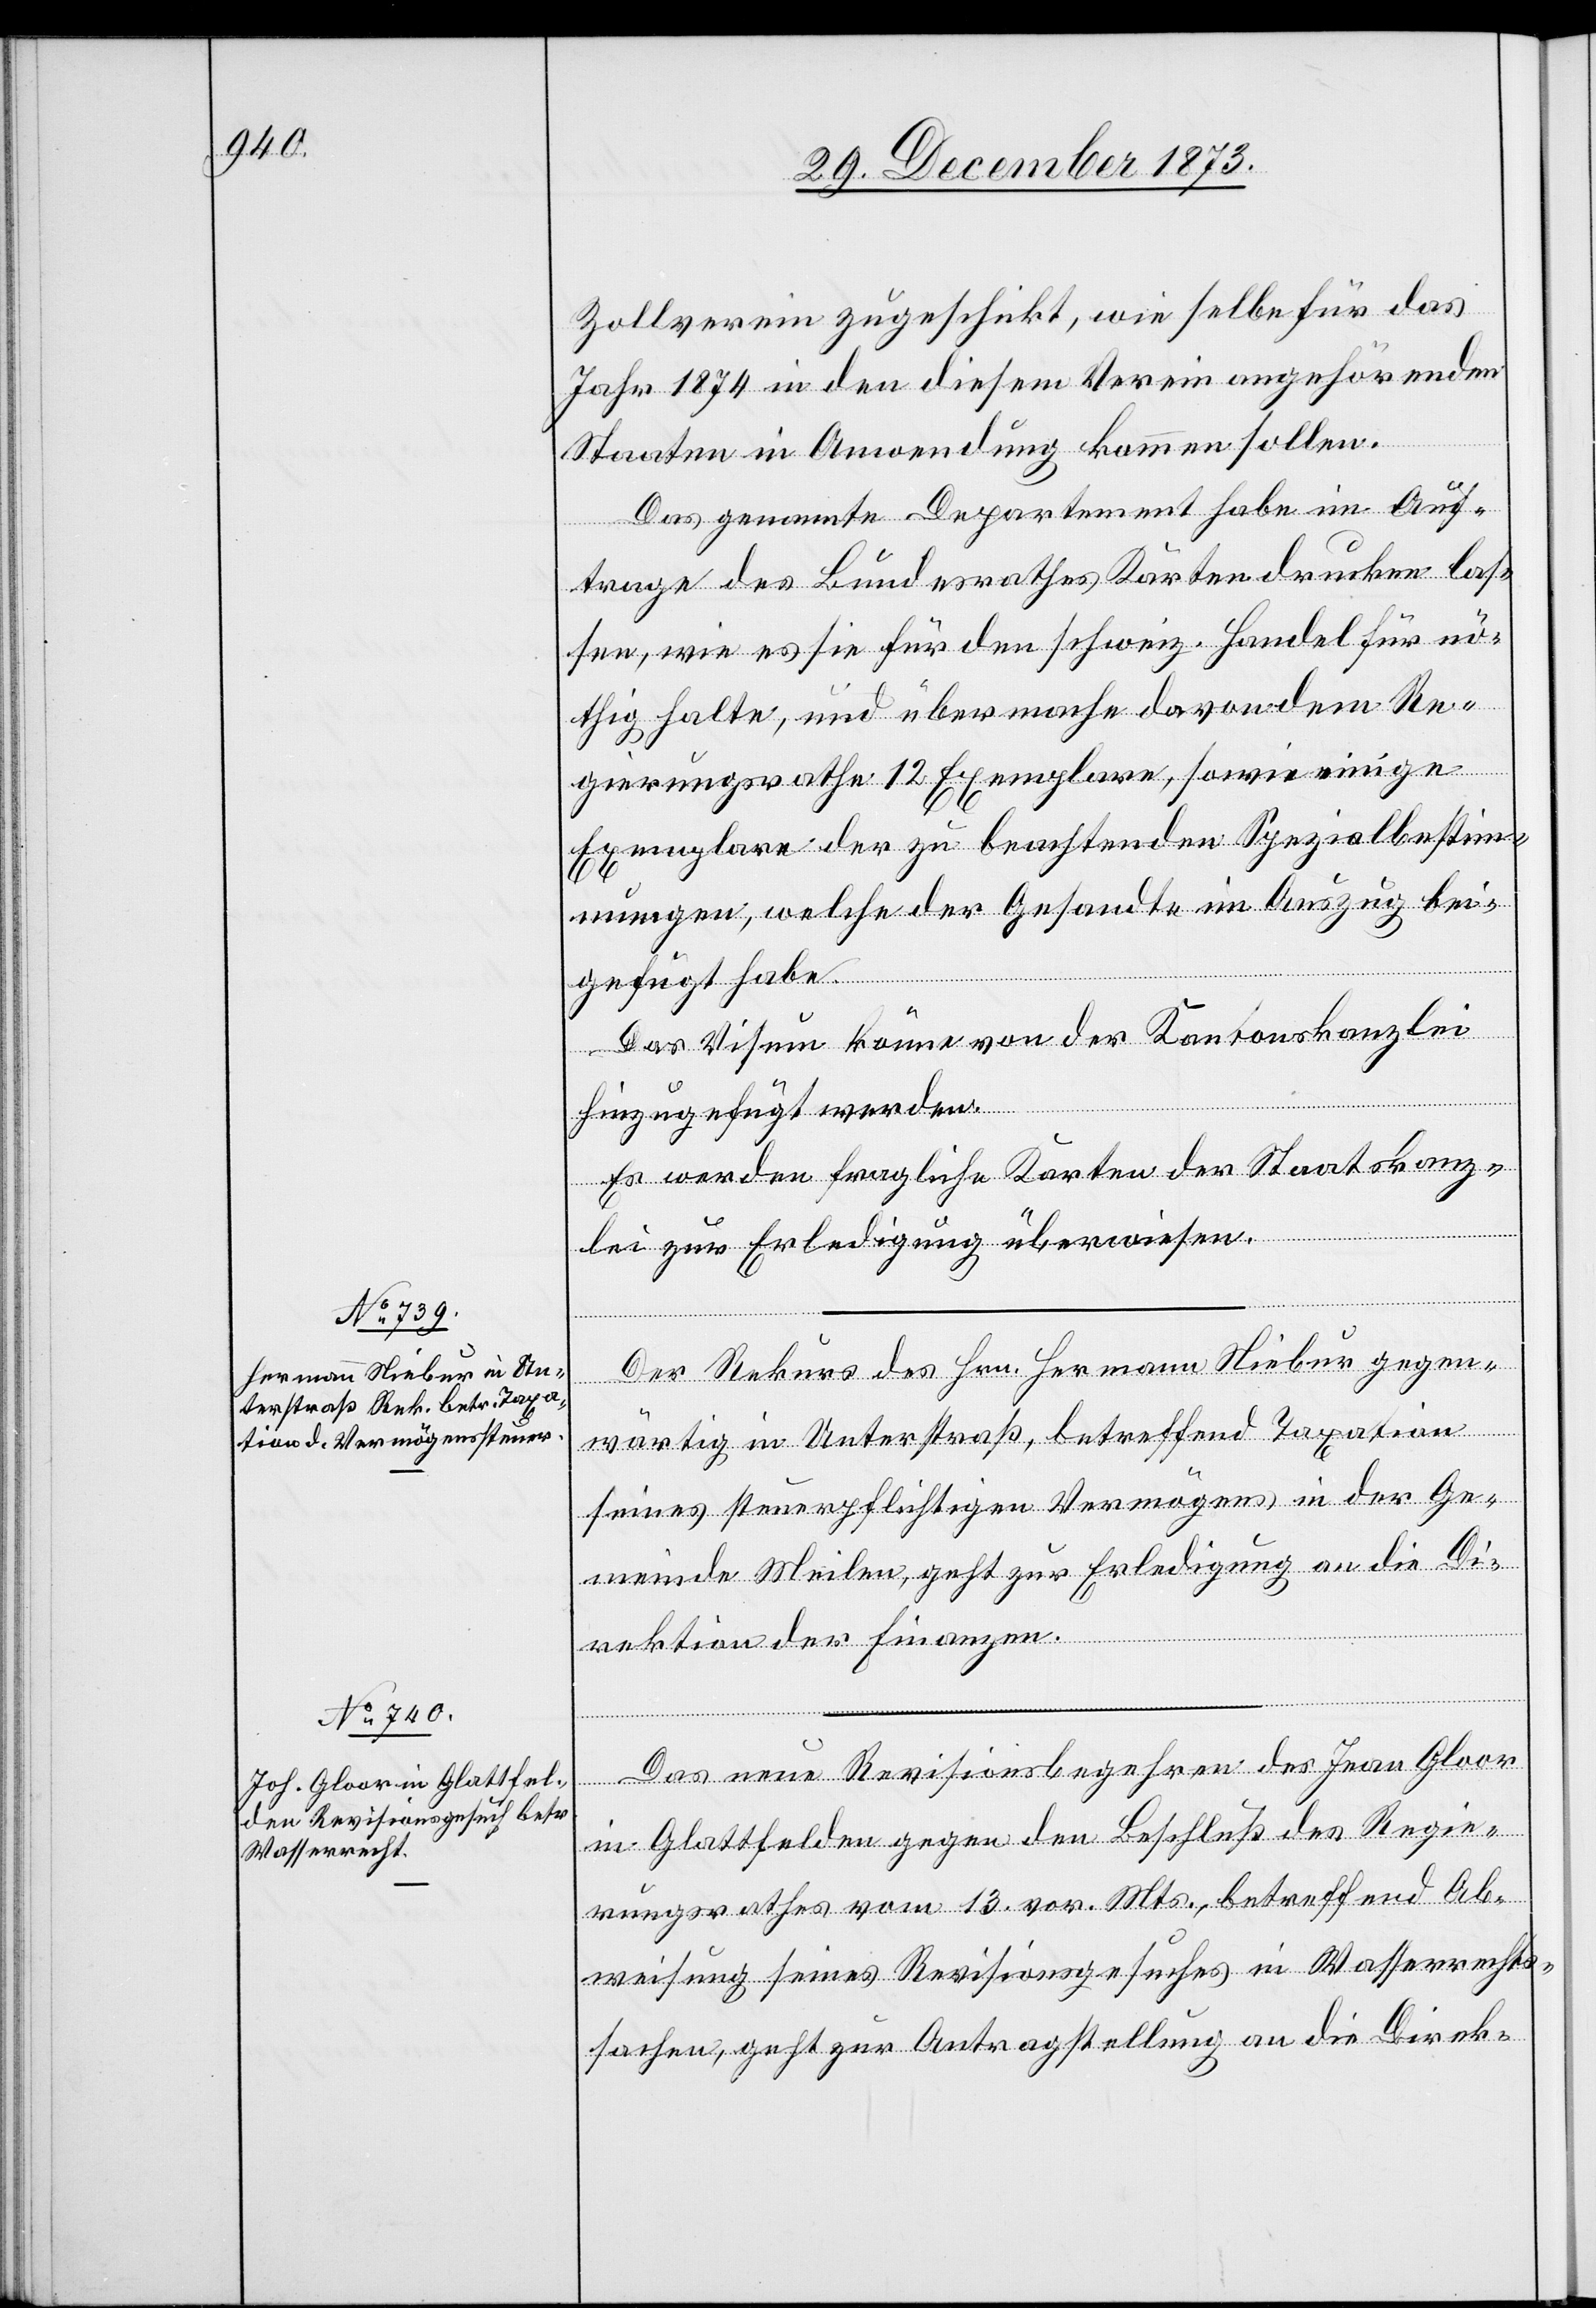
Zollverein zugeschickt, wie selbe für das
Jahr 1874 in den diesem Verein angehörenden
Staaten in Anwendung kommen sollen.
Das genannte Departement habe im Auf¬
trage des Bundesrathes Karten drucken las¬
sen, wie es sie für den schweiz. Handel für nö¬
thig halte, und übermache davon dem Re¬
gierungsrathe 12 Exemplare, sowie einige
Exemplare der zu beachtenden Spezialbestim¬
mungen, welche der Gesandte im Auszug bei¬
gefügt habe.
Das Visum könne von der Kantonskanzlei
hinzugefügt werden.
Es werden fragliche Karten der Staatskanz¬
lei zur Erledigung überwiesen.
Der Rekurs des Hrn. Hermann Niebur gegen¬
wärtig in Unterstraß, betreffend Taxation
seines steuerpflichtigen Vermögens in der Ge¬
meinde Meilen, geht zur Erledigung an die Di¬
rektion der Finanzen.
Das neue Revisionsbegehren des Jean Gloor
in Glattfelden gegen den Beschluß des Regie¬
rungsrathes vom 13. vor. Mts., betreffend Ab¬
weisung seines Revisionsgesuches in Wasserrechts¬
sachen, geht zur Antragstellung an die Direk-